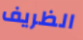
الظريف